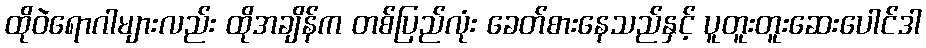
ထိုဝဲရောဂါများလည်း ထိုအချိန်က တစ်ပြည်လုံး ခေတ်စားနေသည်နှင့် ပူတူးတူးဆေးပေါင်ဒါ